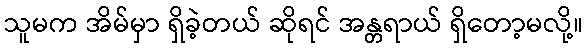
သူမက အိမ်မှာ ရှိခဲ့တယ် ဆိုရင် အန္တရာယ် ရှိတော့မလို့။